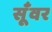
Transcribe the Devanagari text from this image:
सूँवर